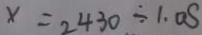
x = 2 4 3 0 \div 1 . 0 S